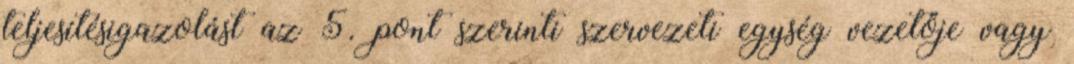
teljesítésigazolást az 5. pont szerinti szervezeti egység vezetője vagy